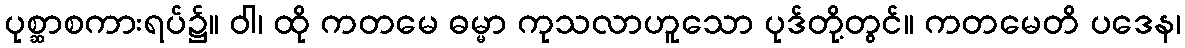
ပုစ္ဆာစကားရပ်၌။ ဝါ၊ ထို ကတမေ ဓမ္မာ ကုသလာဟူသော ပုဒ်တို့တွင်။ ကတမေတိ ပဒေန၊